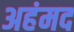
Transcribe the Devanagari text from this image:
अहंमद